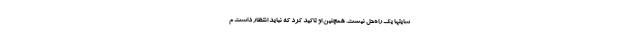
سایتها یک راه‌حل نیست. همچنین او تاکید کرد که نباید انتظار داشت م